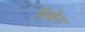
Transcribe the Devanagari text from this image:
रिबेन